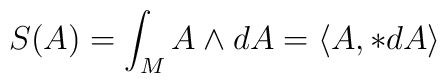
S(A)=\int_M A\wedge dA = \langle A, *dA \rangle